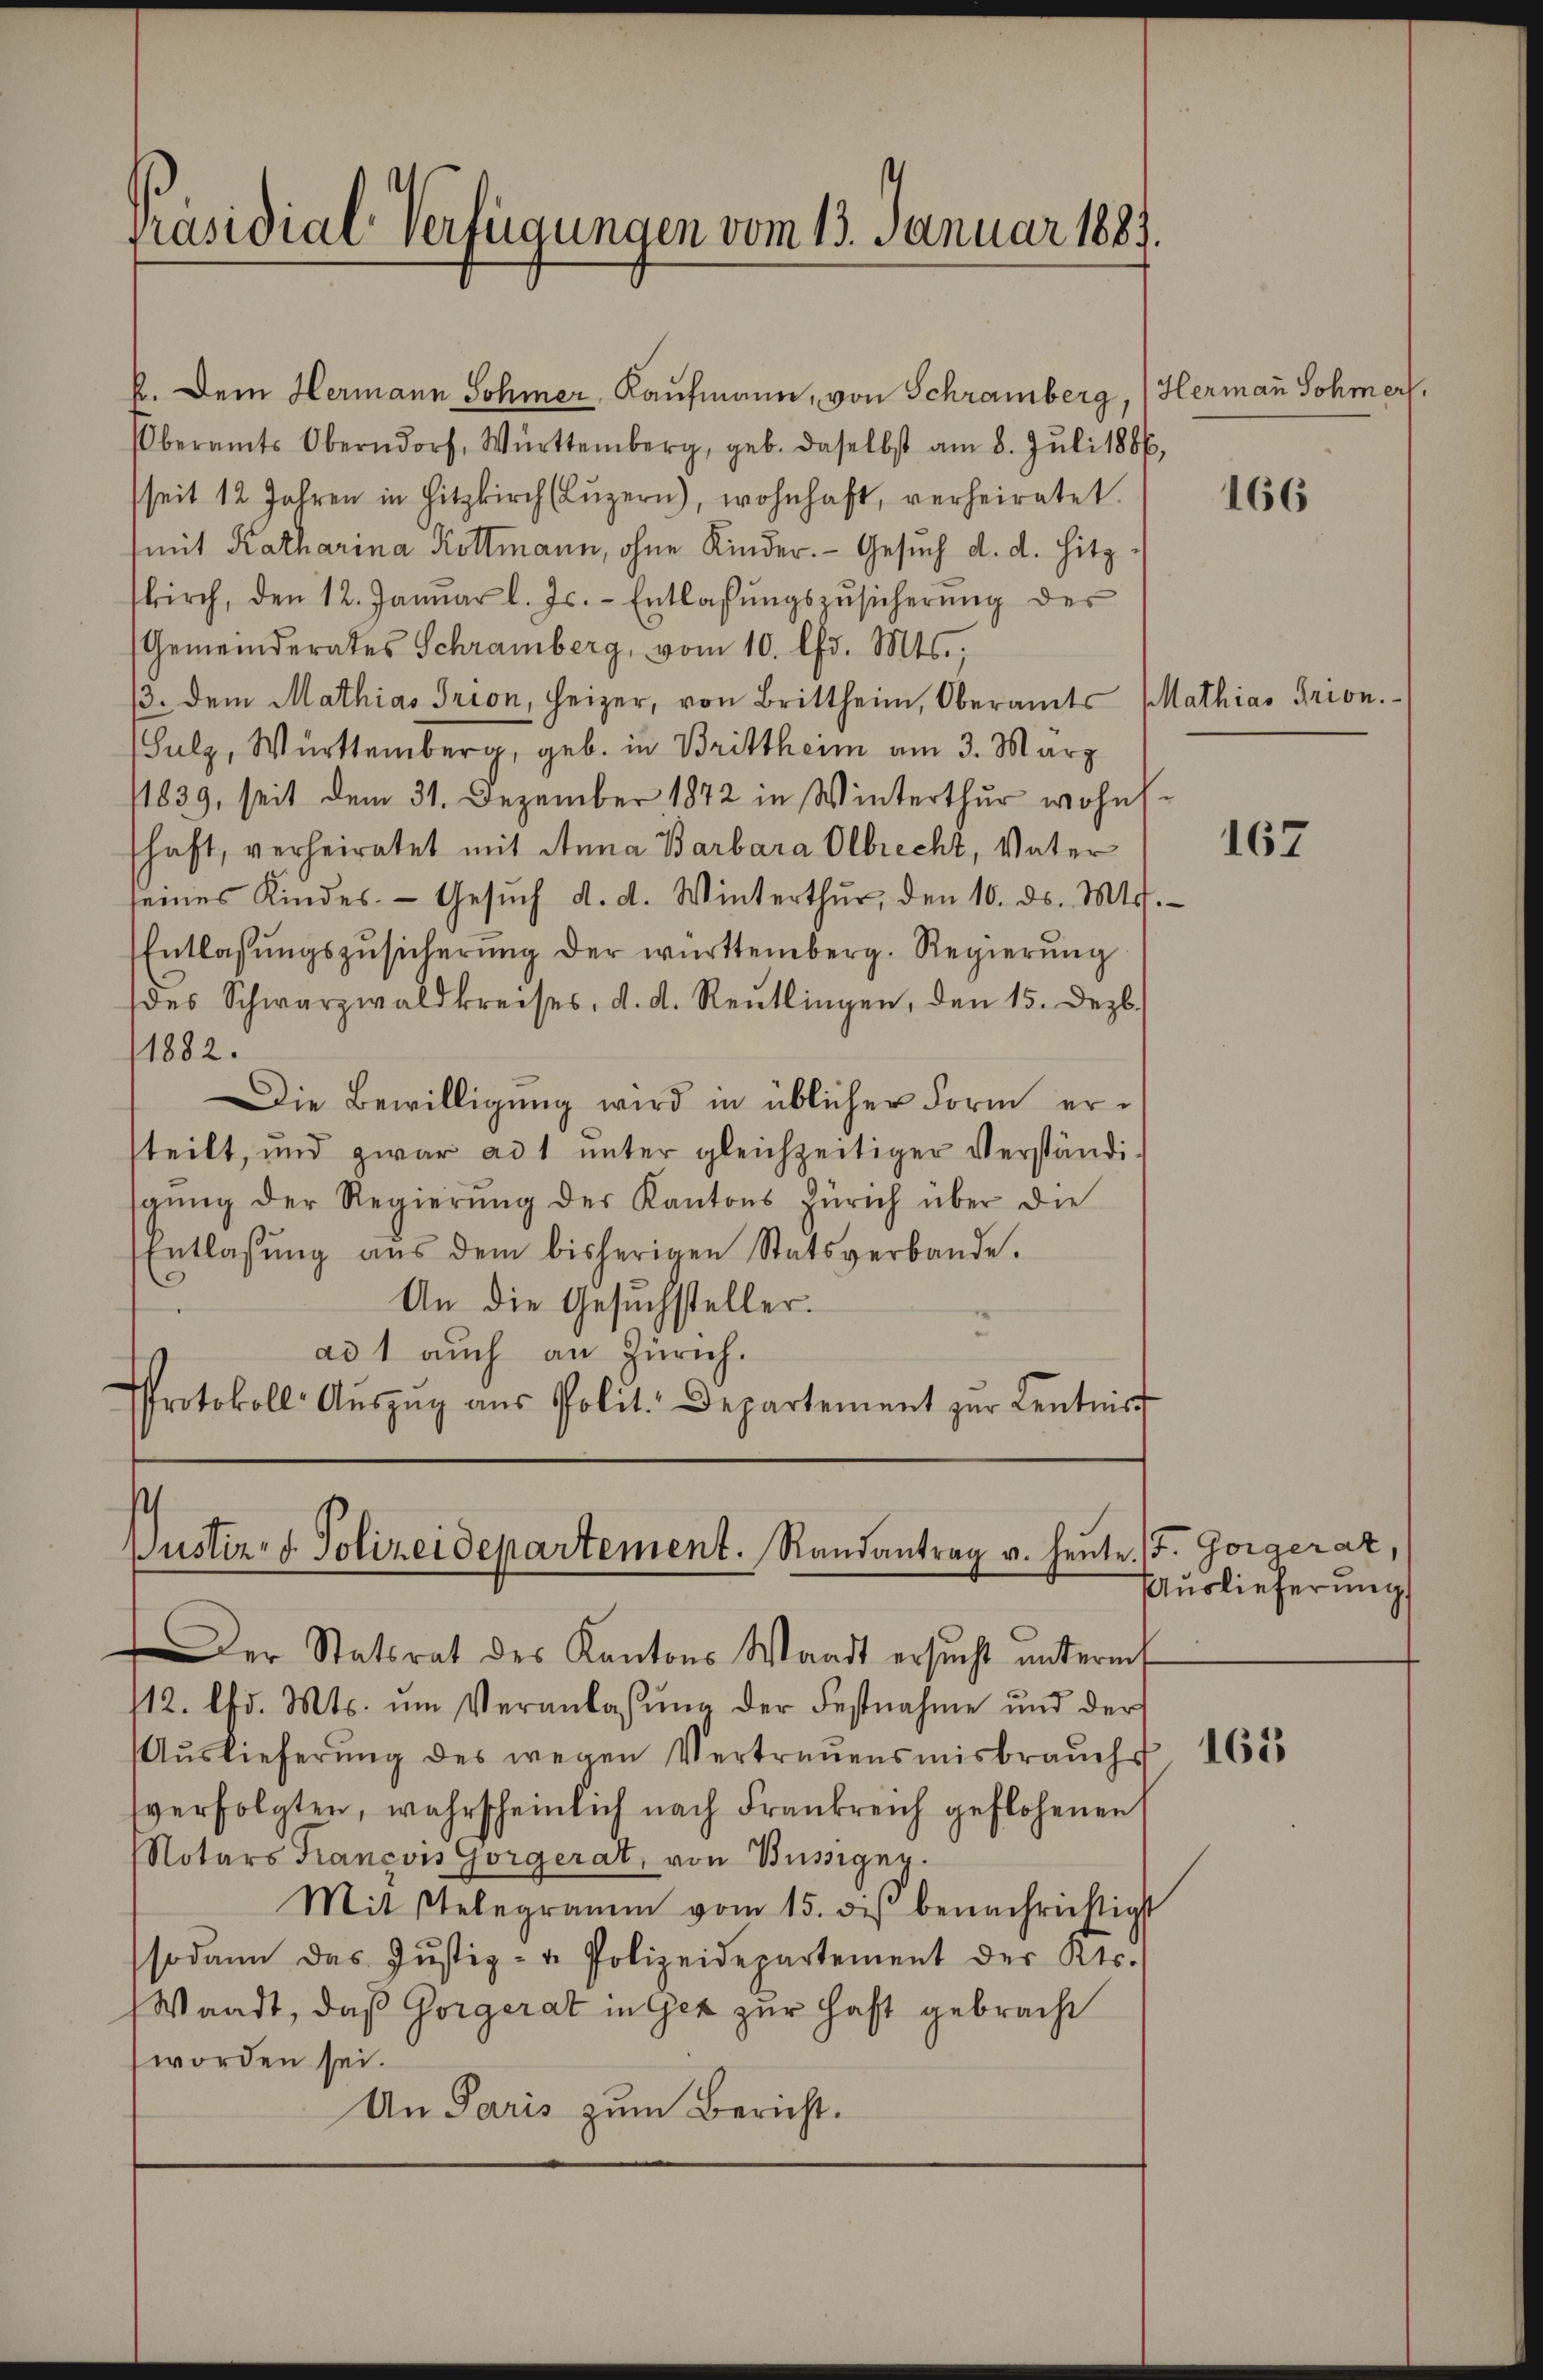
k. Dem Hermann Sohner, Kaufmann, von Schramberg, Hermann Schmer
Oberamts Oberndorf, Württemberg, geb. daselbst am 8. Jŭli 1886,
seit 12 Jahren in Hitzkirch (Lŭzern), wohnhaft, verheiratet.
(mit Katharina Kottmann, ohne Kinder. - Gesuch d. d. Hitz
kirch, den 12. Januar l. Js. - Entlassŭngszŭsicherŭng der
Gemeinderates Schramberg, vom 10. lfd. Mts.
/3. dem Mathias Trion, Heizer, von Brittheim, Oberamts Mathias Grion.
Sulz, Württemberg, geb. in Brittheim am 3. März
1839, seit dem 31. Dezember 1872 in Winterthur wohnschaft, verheiratet mit Anna Barbara Olbrecht, Vater
seines Kindes Gesŭch d. d. Winterthur, den 10. ds. M.
Entlassŭngszŭsicherŭng der württemberg. Regierŭng
(des Schwarzwaldkreises, d. d. Reŭtlingen, den 15. Dezb.
1882.
Die Bewilligung wird in üblicher Form ersteilt, und zwar ad 1 ŭnter gleichzeitiger Verständi-
sgŭng der Regierŭng der Kantons Zürich über die
Entlassŭng aŭs dem bisherigen Statsverbande.
An die Gesuchsteller.
ad 1 auch an Zürich.
Protokoll- Aŭszŭg aŭs Polit. Departement zur Kentnis

Präsidial-Verfügungen vom 13. Januar 1881.

Dustiz- & Polizeidepartement. Randantrag u. heute. (T. Goraerar,
Der Statsrat des Kantons Waadt ersŭcht unterm

112. lfd. Mts. ŭm Veranlassŭng der Festnahme und der
Aŭslieferŭng des wegen Vertrauensmisbrauch 1605
sverfolgten, wahrscheinlich nach Frankreich geflohenen
Notars Francois Gorgerat, von Büssigen.
Mitstelegramm vom 15. di benachrichtigt
sodann das Jŭstiz- u. Polizeidepartement des Kts.
Waadt, daß Gorgerat in Gez zur Hast gebracht
worden sei.
Un Paris zum Bericht.

166

167

Auslieferung